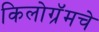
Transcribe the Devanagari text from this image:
किलोग्रॅमचे